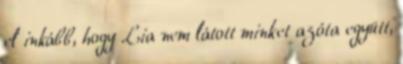
el inkább, hogy Lia nem látott minket azóta együtt,